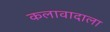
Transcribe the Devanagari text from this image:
कलावादाला